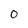
Character: 0